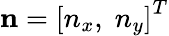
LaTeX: \mathbf{n}={\left[{{n_{x}},\; {n_{y}}}\right]^{T}}